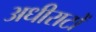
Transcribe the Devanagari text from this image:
अधीराटों